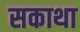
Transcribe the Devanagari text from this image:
सकाथा